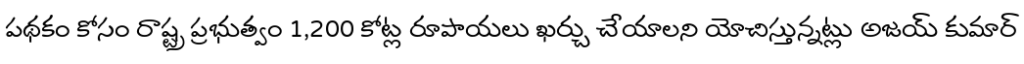
పథకం కోసం రాష్ట్ర ప్రభుత్వం 1,200 కోట్ల రూపాయలు ఖర్చు చేయాలని యోచిస్తున్నట్లు అజయ్ కుమార్